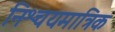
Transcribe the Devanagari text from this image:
निश्चयमात्रिक